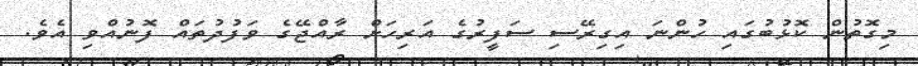
މިގޮތުން ކޮޅުބުގައި ހުންނަ އިގިރޭސި ސަފީރުގެ އަރިހަށް ރާއްޖޭގެ ވަފުދުތައް ފޮނުއްވި އެވެ.